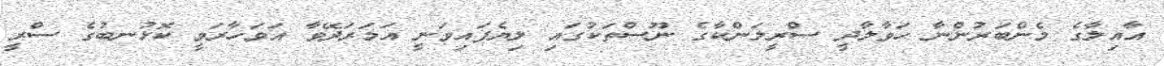
އާއިލާގެ މެންބަރުންނާ ހަވާލާދީ ސްރީލަންކާގެ ނޫސްތަކުގައި ލިޔެފައިވަނީ އަމަރަދޭވާ އަވަހާރަވީ ކޮޅުނބުގެ ސްރީ